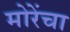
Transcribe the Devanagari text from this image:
मोरेंचा